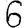
Digit: 6